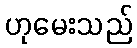
ဟုမေးသည်